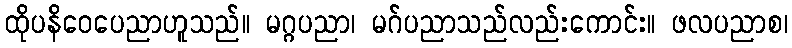
ထိုပနိဝေပေညာဟူသည်။ မဂ္ဂပညာ၊ မဂ်ပညာသည်လည်းကောင်း။ ဖလပညာစ၊